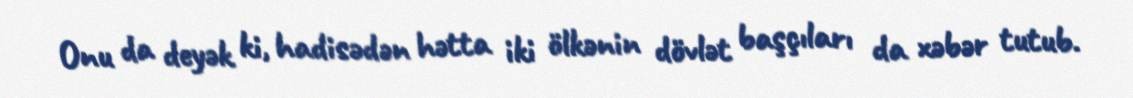
Onu da deyək ki, hadisədən hətta iki ölkənin dövlət başçıları da xəbər tutub.